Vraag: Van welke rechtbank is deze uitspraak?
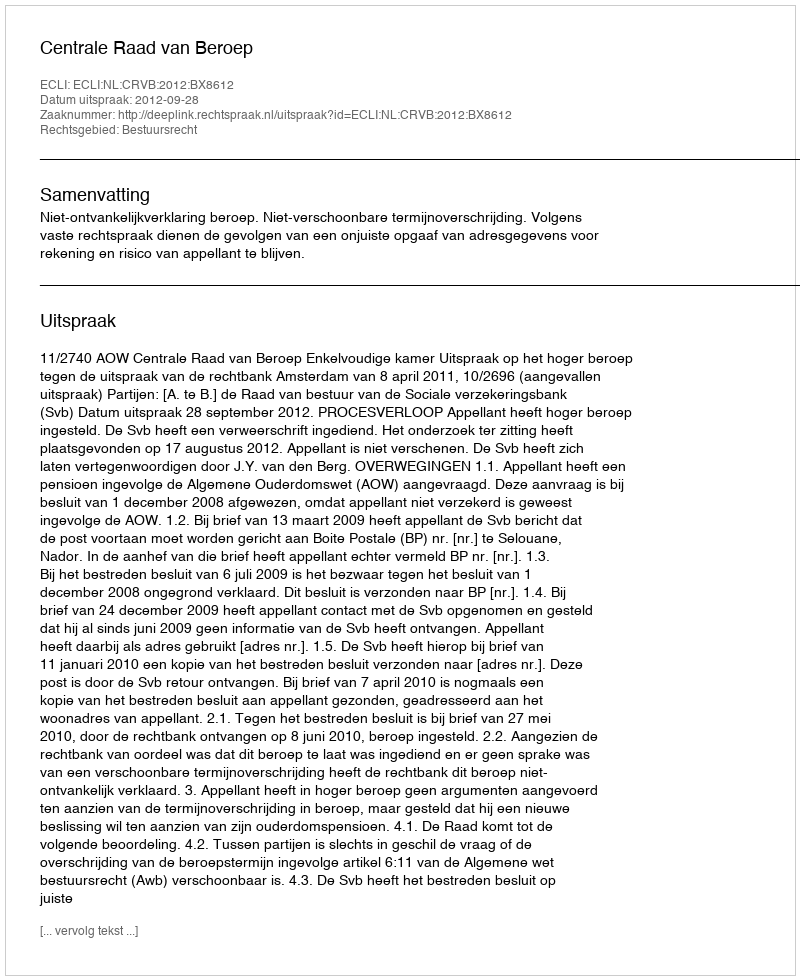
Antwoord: Centrale Raad van Beroep